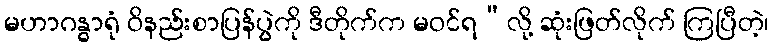
မဟာဂန္ဓာရုံ ဝိနည်းစာပြန်ပွဲကို ဒီတိုက်က မဝင်ရ”လို့ ဆုံးဖြတ်လိုက် ကြပြီတဲ့၊